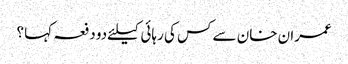
عمران خان سے کس کی رہائی کیلئےدو دفعہ کہا ؟